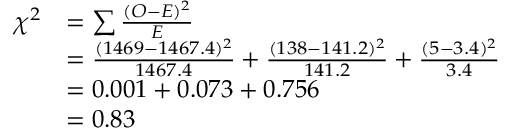
{ \begin{array} { r l } { \chi ^ { 2 } } & { = \sum { \frac { ( O - E ) ^ { 2 } } { E } } } \\ & { = { \frac { ( 1 4 6 9 - 1 4 6 7 . 4 ) ^ { 2 } } { 1 4 6 7 . 4 } } + { \frac { ( 1 3 8 - 1 4 1 . 2 ) ^ { 2 } } { 1 4 1 . 2 } } + { \frac { ( 5 - 3 . 4 ) ^ { 2 } } { 3 . 4 } } } \\ & { = 0 . 0 0 1 + 0 . 0 7 3 + 0 . 7 5 6 } \\ & { = 0 . 8 3 } \end{array} }